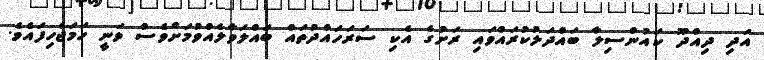
އަދި ދިއްދޫ ކައުންސިލާ ބައްދަލުކުރައްވައި ރަށުގެ އެކި ސަރަހައްދުތައް ބައްލަވާލެއްވުމަށްވެސް ވަނީ ހަމަޖެހިފައެވެ.